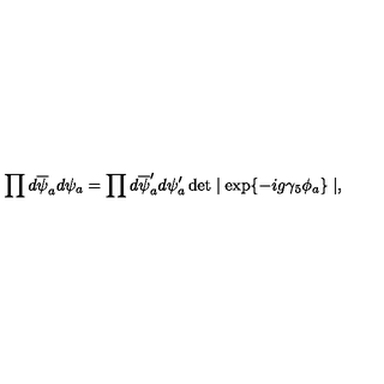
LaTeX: \prod d \overline { { \psi } } _ { a } d \psi _ { a } = \prod d \overline { { \psi } } _ { a } ^ { \prime } d \psi _ { a } ^ { \prime } \det \mid \exp \{ - i g \gamma _ { 5 } \phi _ { a } \} \mid ,